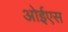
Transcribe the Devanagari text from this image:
ओईएस